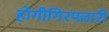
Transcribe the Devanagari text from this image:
होगीगिरफ्तारी